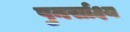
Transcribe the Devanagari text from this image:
पुनर्साक्ष्य